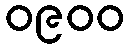
၀၉၀၀